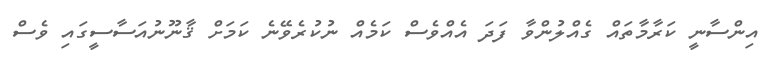
އިންސާނީ ކަރާމާތައް ގެއްލުންވާ ފަދަ އެއްވެސް ކަމެއް ނުކުރެވޭނެ ކަމަށް ޤާނޫނުއަސާސީގައި ވެސް